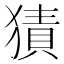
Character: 㺓